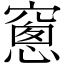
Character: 窻